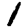
Digit: 1